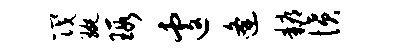
筏琬瑕遽逄耨愤